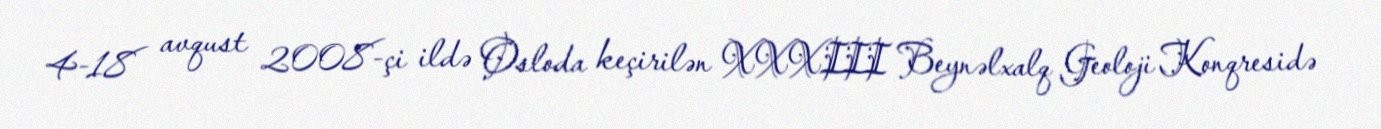
4-18 avqust 2008-çi ildə Osloda keçirilən XXXIII Beynəlxalq Geoloji Konqresidə